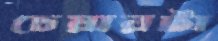
চেয়ারটা